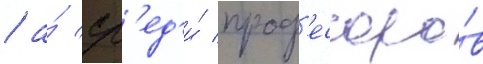
/ а́ ср'ед'и́ проф'ессоро́в